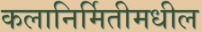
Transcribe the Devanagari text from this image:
कलानिर्मितीमधील